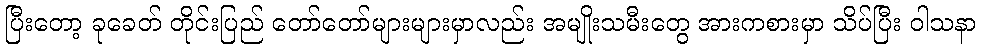
ပြီးတော့ ခုခေတ် တိုင်းပြည် တော်တော်များများမှာလည်း အမျိုးသမီးတွေ အားကစားမှာ သိပ်ပြီး ဝါသနာ